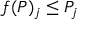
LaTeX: f ( P ) _ { j } \leq P _ { j }